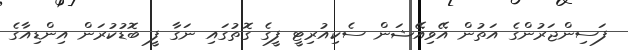
ފަސިންޖަރުންގެ އަތުން އޭވިއޭޝަން ސެކިއުރިޓީ ފީގެ ގޮތުގައި ނަގާ ފީ ބޮޑުކުރަން އިންޑިއާގެ